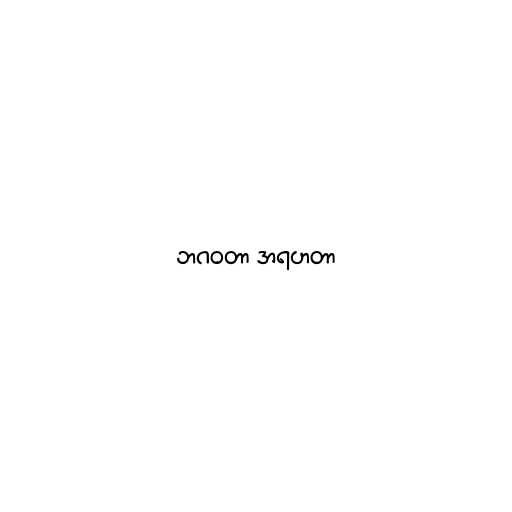
ဘဂဝတာ အရဟတာ